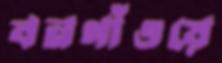
বনগাঁওয়ে